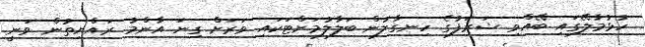
ހުޅުމާލޭގައި ބޭއްވި ޝަރަފުގެ ހިނގާލުން ބަލާލުމަށްޓަކައި ވަރަށް ގިނަ އާންމު ރައްޔިތުން ވަނީ